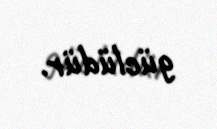
güclüdür.